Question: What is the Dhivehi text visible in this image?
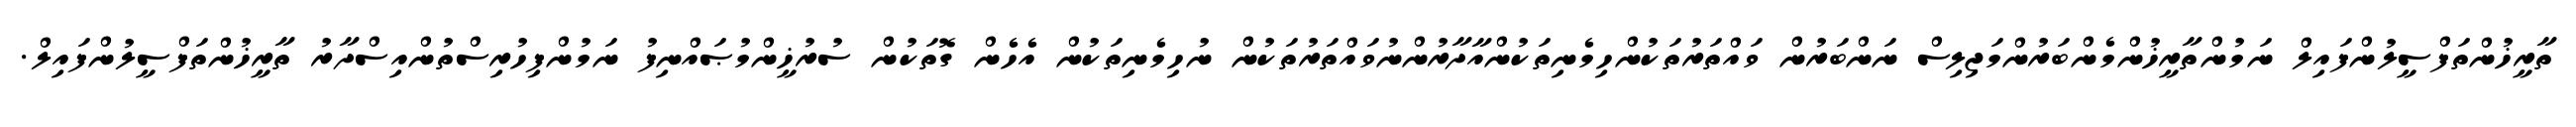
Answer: ތާރީޚުންތަފްސީލުންފައިލް ނަމުންތާރީޚުންމެންބަރުންމަޖިލިސް ނަންބަރުން ވައްތަރުތަކުންހިމެނިތަކުންއާދާރުންނުވައްތަރުތަކުން ނުހިމެނިތަކުން އެހެން ގޮތަކުން ސުރުޚީންމުޞައްނިފު ނަމުންފިހުރިސްތުންއިސްދާރު ތާރީޚުންތަފްސީލުންފައިލް.